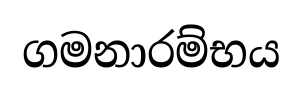
ගමනාරම්භය